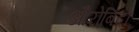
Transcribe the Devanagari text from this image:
औरोबिंदो